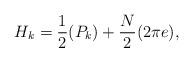
LaTeX: \begin{align*}H_k=\frac{1}{2}(P_k)+\frac{N}{2}(2\pi e),\end{align*}